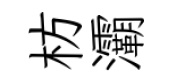
枋灞